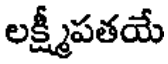
లక్ష్మీపతయే